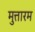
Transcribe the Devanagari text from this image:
मुत्तारम